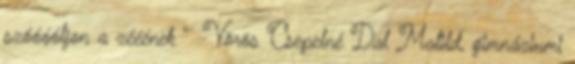
szóóóóljon a zééének ” Vörös Csepelné Dal Matild, gimnáziumi